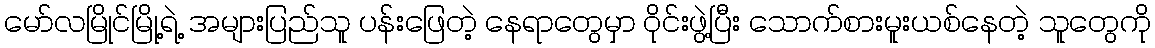
မော်လမြိုင်မြို့ရဲ့ အများပြည်သူ ပန်းဖြေတဲ့ နေရာတွေမှာ ဝိုင်းဖွဲ့ပြီး သောက်စားမူးယစ်နေတဲ့ သူတွေကို